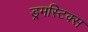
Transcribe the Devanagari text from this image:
ड्रमस्टिक्स